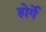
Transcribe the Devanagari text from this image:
होर्गे